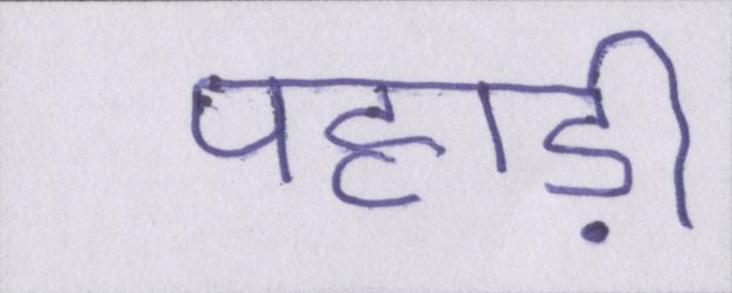
पहाड़ी